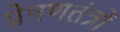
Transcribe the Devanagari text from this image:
प्रेषणतंत्रों